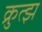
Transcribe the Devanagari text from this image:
क्रुत्झ